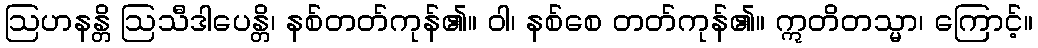
ဩဟနန္တိ ဩသီဒါပေန္တိ၊ နစ်တတ်ကုန်၏။ ဝါ၊ နစ်စေ တတ်ကုန်၏။ ဣတိတသ္မာ၊ ကြောင့်။